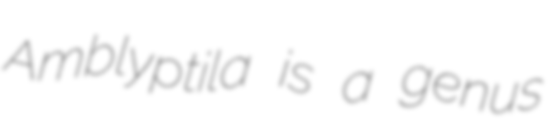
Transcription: Amblyptila is a genus